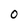
Character: O